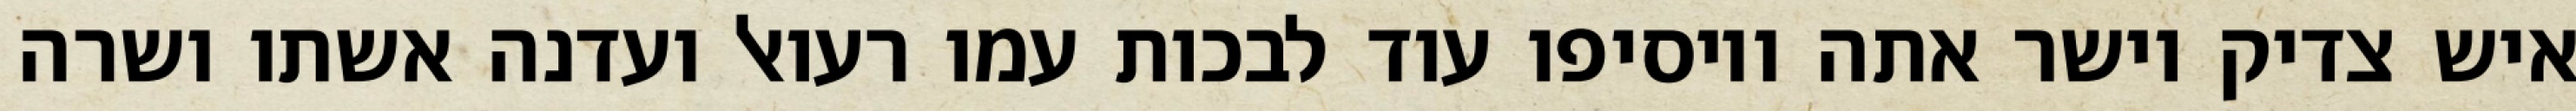
איש צדיק וישר אתה ויוסיפו עוד לבכות עמו רעואל ועדנה אשתו ושרה